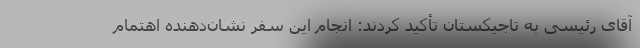
آقای رئیسی به تاجیکستان تأکید کردند: انجام این سفر نشان‌دهنده اهتمام